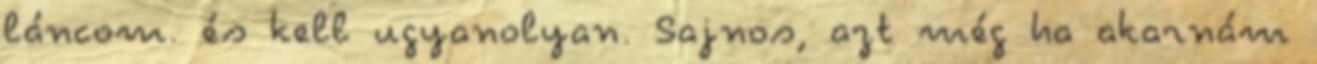
láncom. és kell ugyanolyan. Sajnos, azt még ha akarnám